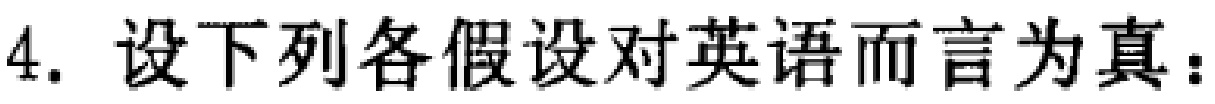
4. 设下列各假设对英语而言为真：